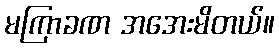
မကြာခဏ အအေးမိတယ်။